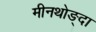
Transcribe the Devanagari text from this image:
मीनथोङ्दा